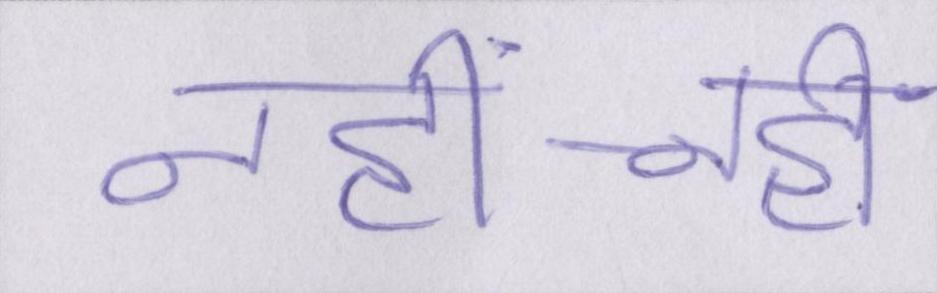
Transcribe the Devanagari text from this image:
नहीं-नहीं